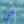
نحن